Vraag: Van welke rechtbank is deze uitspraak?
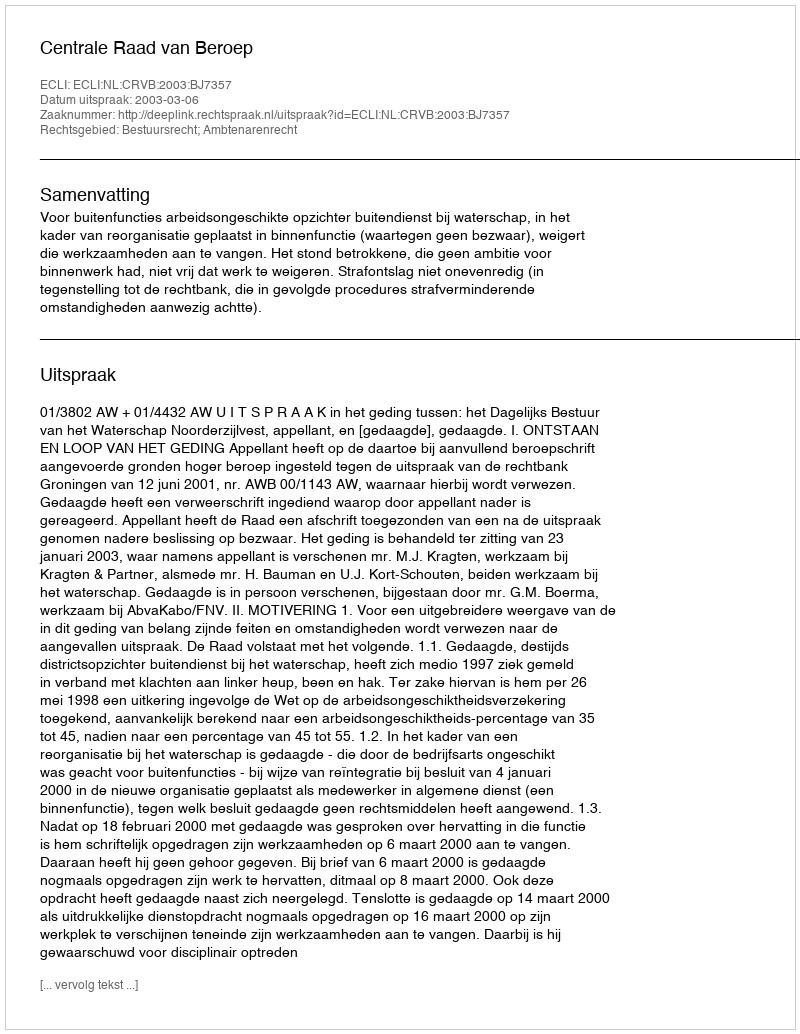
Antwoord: Centrale Raad van Beroep